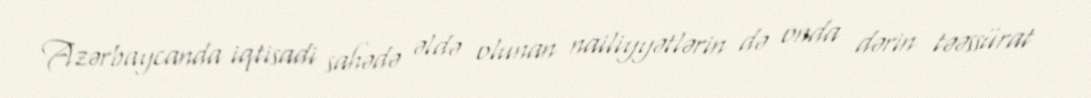
Azərbaycanda iqtisadi sahədə əldə olunan nailiyyətlərin də onda dərin təəssürat